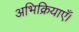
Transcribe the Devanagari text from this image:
अभिक्रियाएँ।